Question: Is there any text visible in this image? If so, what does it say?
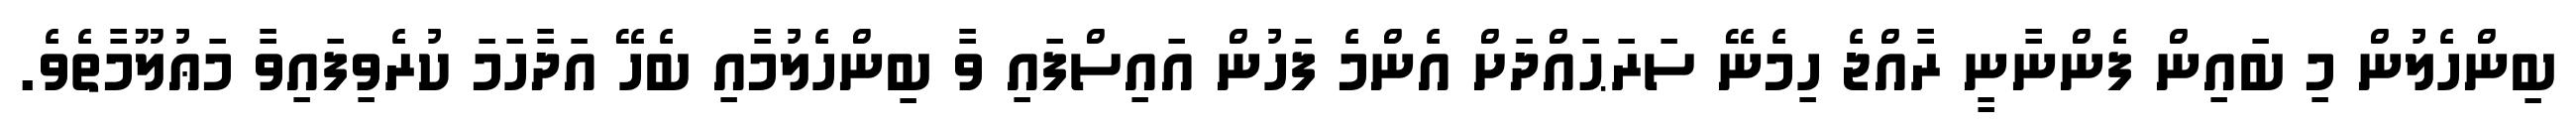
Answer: ބިންހެލުން މި ބައިން ފެންނާނީ ރާއްޖެ ހިމެނޭ ސަރަޙައްދަށް އެންމެ ފަހުން އައިސްފައި ވާ ބިންހެލުމާއި ބެހޭ އަދާހަމަ ކުރެވިފައިވާ މަޢުލޫމާތެވެ.